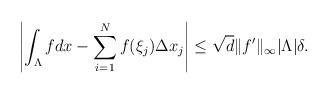
LaTeX: \begin{align*} \left| \int_\Lambda f dx - \sum_{i=1}^N f(\xi_j) \Delta x_j \right| \leq \sqrt{d} \| f ' \|_\infty |\Lambda| \delta . \end{align*}